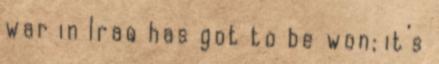
war in Iraq has got to be won; it’s